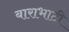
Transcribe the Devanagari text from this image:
बाराभाटी